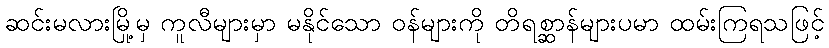
ဆင်းမလားမြို့မှ ကူလီများမှာ မနိုင်သော ဝန်များကို တိရစ္ဆာန်များပမာ ထမ်းကြရသဖြင့်